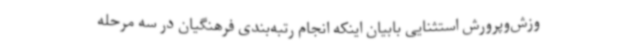
وزش‌وپرورش استثنایی بابیان اینکه انجام رتبه‌بندی فرهنگیان در سه مرحله